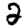
Digit: 2